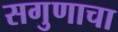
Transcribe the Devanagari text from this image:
सगुणाचा